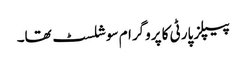
پیپلز پارٹی کا پروگرام سوشلسٹ تھا۔